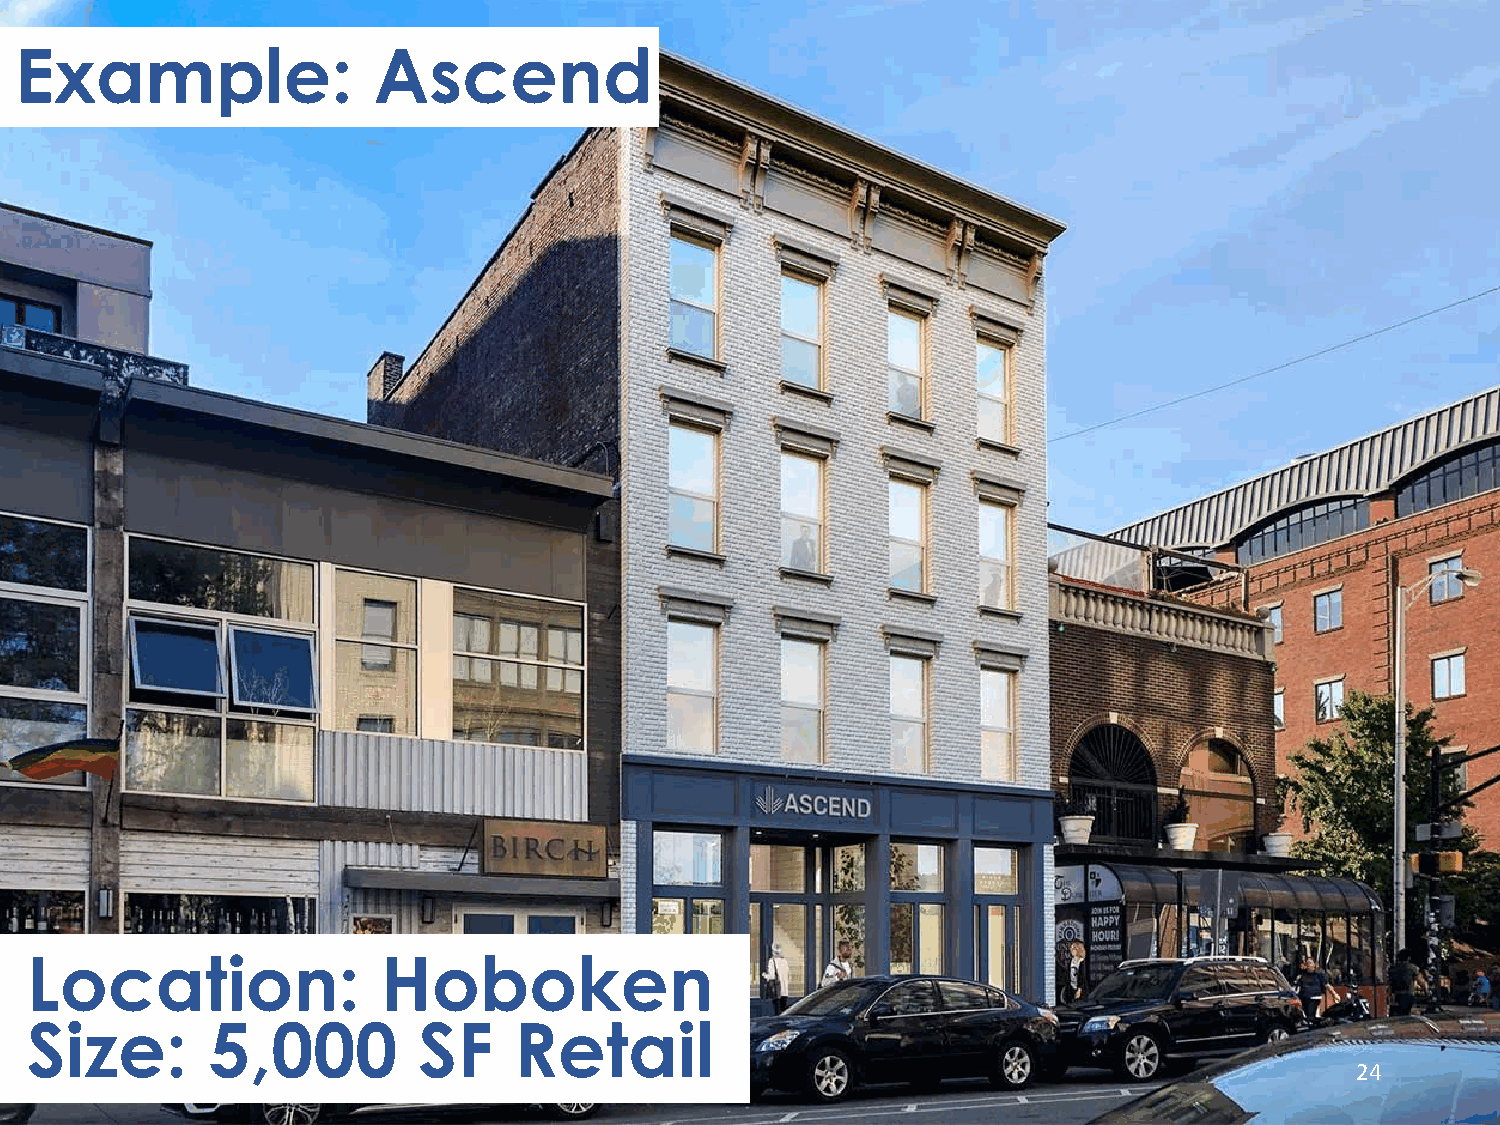
Example:                Ascend
 Location:              Hoboken
 Size:       5,000         SF    Retail
 24